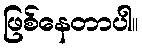
ဖြစ်နေတာပါ။